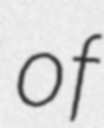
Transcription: of